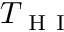
T _ { \mathrm { ~ H ~ I ~ } }